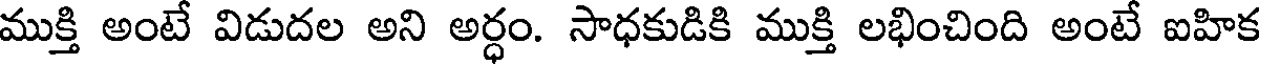
ముక్తి అంటే విడుదల అని అర్ధం. సాధకుడికి ముక్తి లభించింది అంటే ఐహిక